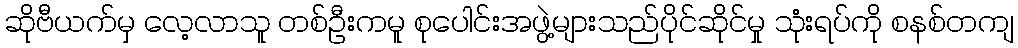
ဆိုဗီယက်မှ လေ့လာသူ တစ်ဦးကမူ စုပေါင်းအဖွဲ့များသည်ပိုင်ဆိုင်မှု သုံးရပ်ကို စနစ်တကျ